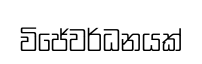
විජේවර්ධනයක්